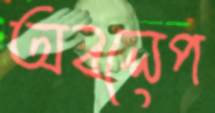
অবলেপ